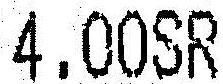
4.00SR